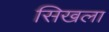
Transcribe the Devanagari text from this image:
सिखला